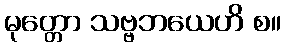
မုတ္တော သဗ္ဗဘယေဟိ စ။